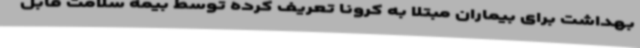
بهداشت برای بیماران مبتلا به کرونا تعریف کرده توسط بیمه سلامت قابل